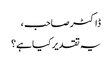
ڈاکٹر صاحب ،
یہ تقدیر کیا ہے؟